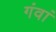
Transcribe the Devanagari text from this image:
गंवां